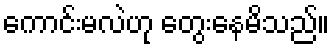
ကောင်းမလဲဟု တွေးနေမိသည်။